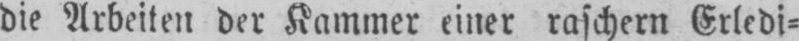
die Arbeiten der Kammer einer raschern Erledi⸗